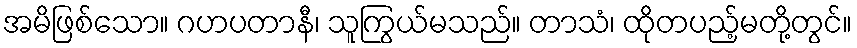
အမိဖြစ်သော။ ဂဟပတာနီ၊ သူကြွယ်မသည်။ တာသံ၊ ထိုတပည့်မတို့တွင်။